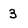
Character: 3